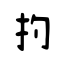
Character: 扚